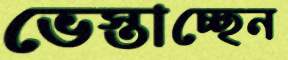
ভেস্তাচ্ছেন